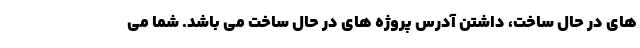
های در حال ساخت، داشتن آدرس پروژه های در حال ساخت می باشد. شما می